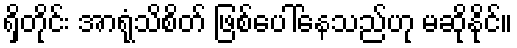
ရှိတိုင်း အာရုံသိစိတ် ဖြစ်ပေါ်နေသည်ဟု မဆိုနိုင်။